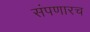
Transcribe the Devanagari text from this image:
संपणारच